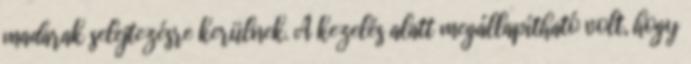
madarak selejtezésre kerülnek. A kezelés alatt megállapítható volt, hogy